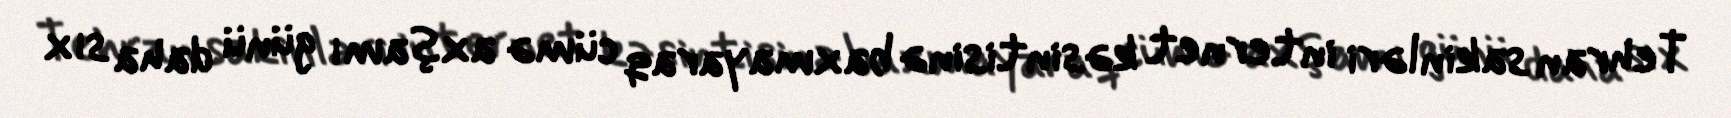
Tehran sakinləri internet kəsintisinə baxmayaraq cümə axşamı günü daha sıx